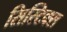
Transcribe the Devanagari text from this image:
सिस्टिक्स